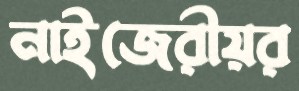
নাইজেরীয়র